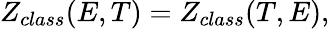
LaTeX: Z_{class}(E,T)=Z_{class}(T,E),